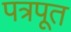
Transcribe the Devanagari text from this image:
पत्रपूत